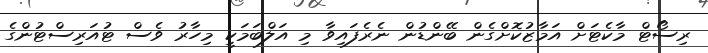
ރިސޯޓް މާކެޓަށް އަމާޒުކޮށްގެން ބޭންޑުން ނެރެފައިވާ މި އަލްބަމަކީ މިހާރު ވެސް ޓުއަރިސްޓުންގެ